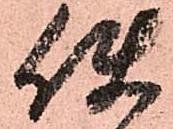
使